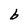
Character: b